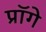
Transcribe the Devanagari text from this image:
प्रॉगे